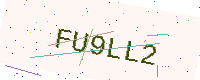
Text: FU9LL2